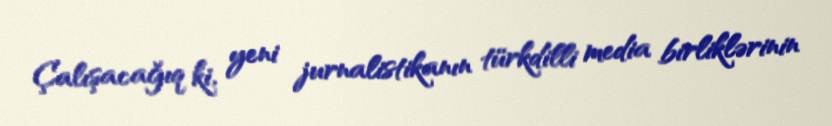
Çalışacağıq ki, yeni jurnalistikanın türkdilli media birliklərinin